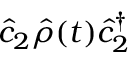
\hat { c } _ { 2 } \hat { \rho } ( t ) \hat { c } _ { 2 } ^ { \dagger }